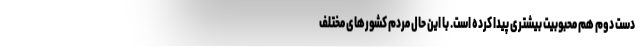
دست دوم هم محبوبیت بیشتری پیدا کرده است. با این حال مردم کشورهای مختلف